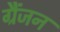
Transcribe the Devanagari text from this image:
ग्रैंजन